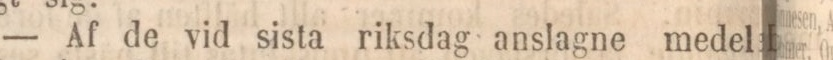
— Af de vid sista riksdag anslagne medel